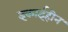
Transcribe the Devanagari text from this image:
इकाईहीन